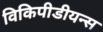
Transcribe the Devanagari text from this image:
विकिपीडीयन्स